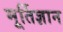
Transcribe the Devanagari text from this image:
मूर्तिज्ञान